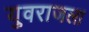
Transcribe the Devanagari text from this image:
युवराजला